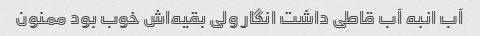
آب انبه آب قاطی داشت انگار ولی بقیه‌اش خوب بود ممنون